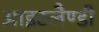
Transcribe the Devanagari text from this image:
आइस्लैण्डी